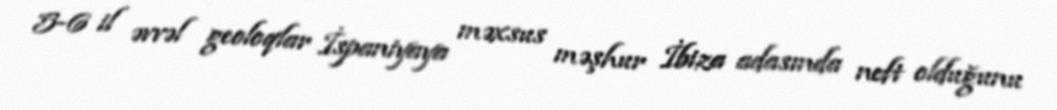
5-6 il əvvəl geoloqlar İspaniyaya məxsus məşhur İbiza adasında neft olduğunu